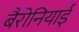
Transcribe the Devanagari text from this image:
बैरोनियाई